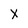
Character: X